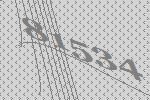
81534